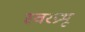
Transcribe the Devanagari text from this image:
स्वरप्रभू